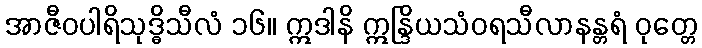
အာဇီဝပါရိသုဒ္ဓိသီလံ ၁၆။ ဣဒါနိ ဣန္ဒြိယသံဝရသီလာနန္တရံ ဝုတ္တေ